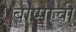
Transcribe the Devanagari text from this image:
बाष्पाची